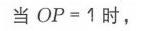
当\(OP = 1\)时，